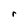
Character: r